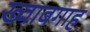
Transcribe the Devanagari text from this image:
ख्‍वाबगाह